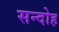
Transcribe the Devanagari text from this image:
सन्दोह